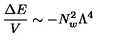
\frac { \Delta E } { V } \sim - N _ { w } ^ { 2 } \Lambda ^ { 4 }